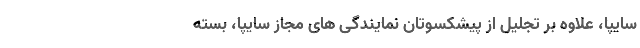
سایپا، علاوه بر تجلیل از پیشکسوتان نمایندگی های مجاز سایپا، بسته